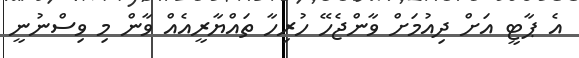
އެ ޕާޓީ އަށް ދިއުމަށް ވާންޖެހޭ ހުރިހާ ތައްޔާރީއެއް ވާން މި ވިސްނުނީ